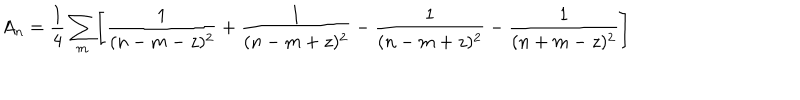
LaTeX: A _ { n } = { { \frac { 1 } { 4 } } \sum _ { m } } \Biggl [ { \frac { 1 } { ( n - m - z ) ^ { 2 } } } + { \frac { 1 } { ( n - m + z ) ^ { 2 } } } - { \frac { 1 } { ( n - m + z ) ^ { 2 } } } - { \frac { 1 } { ( n + m - z ) ^ { 2 } } } \Biggr ]